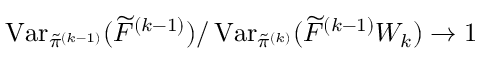
\operatorname { V a r } _ { \tilde { \pi } ^ { ( k - 1 ) } } ( \widetilde { F } ^ { ( k - 1 ) } ) / \operatorname { V a r } _ { \tilde { \pi } ^ { ( k ) } } ( \widetilde { F } ^ { ( k - 1 ) } W _ { k } ) \to 1